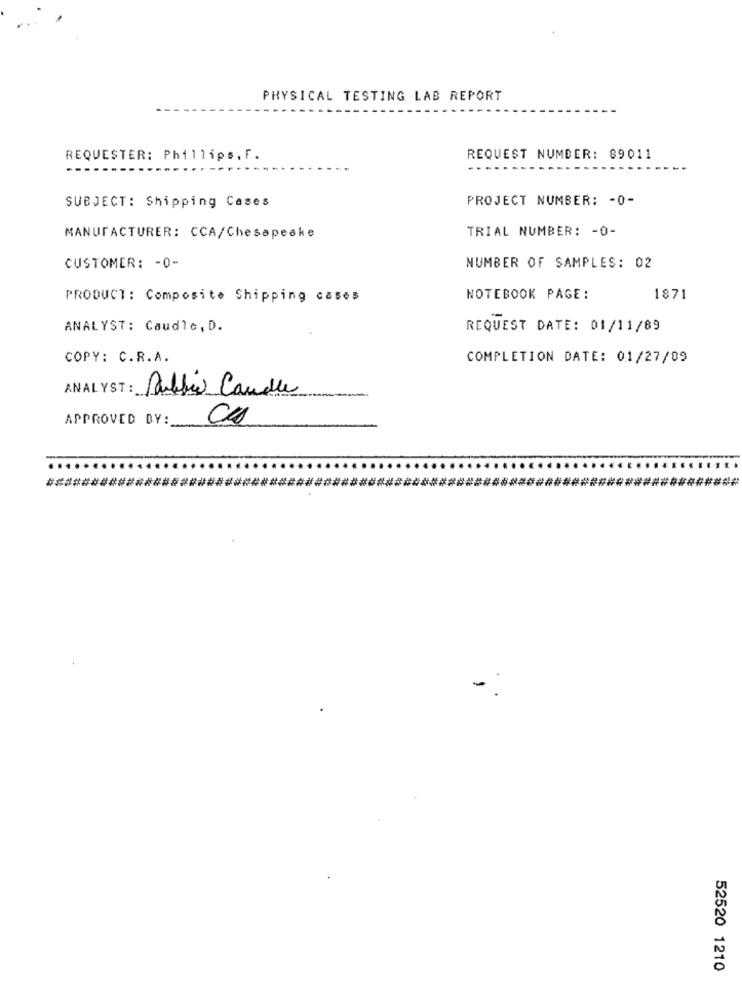
PHYSICAL TESTING LAB REPORT
REQUESTER: Phillips. F.
REQUEST NUMBER: 89011
PROJECT NUMBER: - 0-
SUBJECT: Shipping Cases
TRIAL NUMBER: - 0-
MANUFACTURER: CCA/Chesapeake
CUSTOMER: - 0-
NUMBER OF SAMPLES: 02
PRODUCT: Composite Shipping cases
NOTEBOOK PAGE:
1871
ANALYST: Caudle, D.
REQUEST DATE: 01/11/89
COPY: C.R.A.
COMPLETION DATE: 01/27/89
ANALYST :_
Dubbio Candle
APPROVED BY:
-
52520 1210